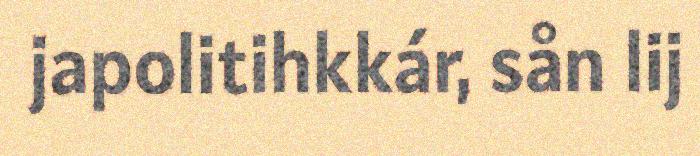
japolitihkkár, sån lij